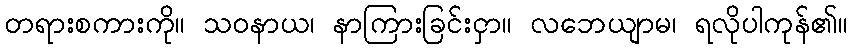
တရားစကားကို။ သဝနာယ၊ နာကြားခြင်းငှာ။ လဘေယျာမ၊ ရလိုပါကုန်၏။